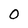
Character: 0